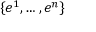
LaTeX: \{ e ^ { 1 } , \ldots , e ^ { n } \}